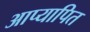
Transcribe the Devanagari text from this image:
आप्यापित